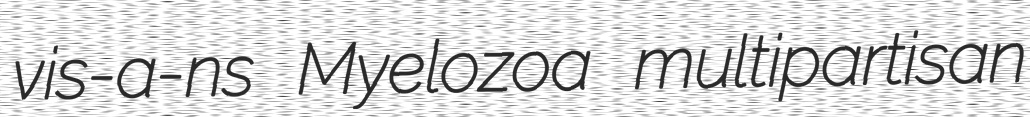
vis-a-ns Myelozoa multipartisan